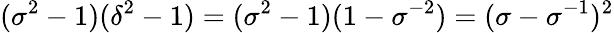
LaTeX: (\sigma^{2}-1)(\delta^{2}-1)=(\sigma^{2}-1)(1-\sigma^{-2})=(\sigma-\sigma^{-1})^{2}